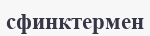
сфинктермен